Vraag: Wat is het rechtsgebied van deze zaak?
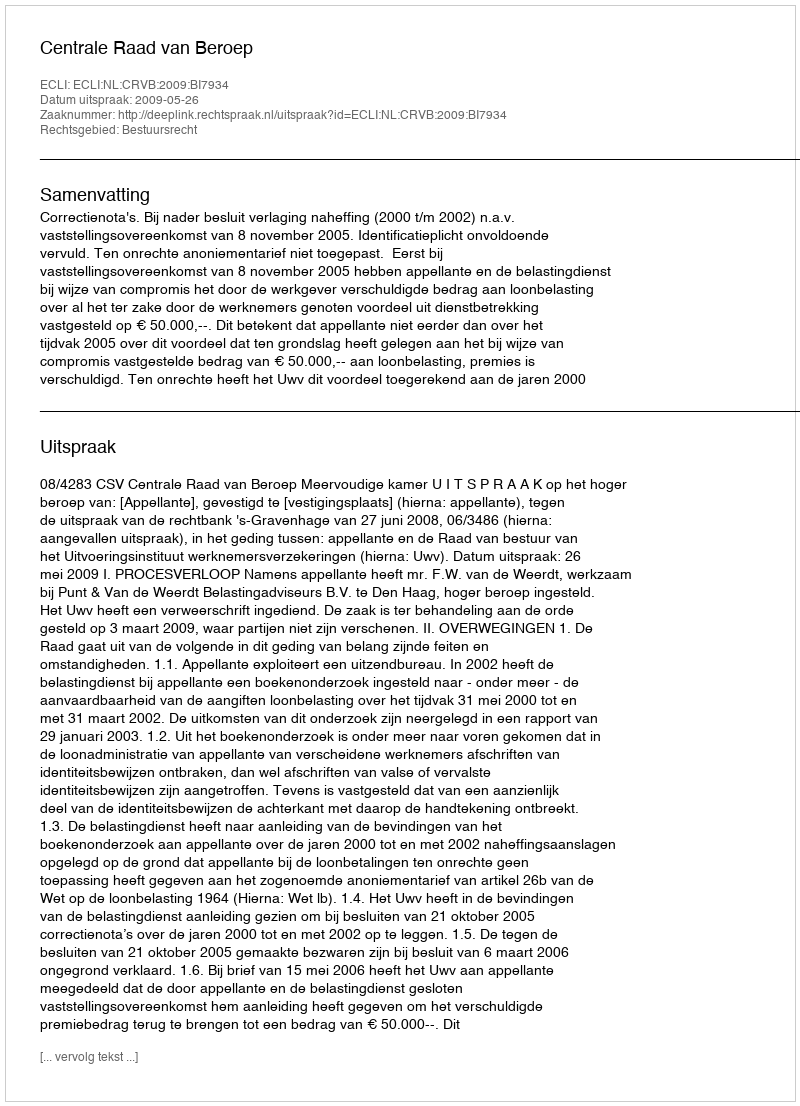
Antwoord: Bestuursrecht